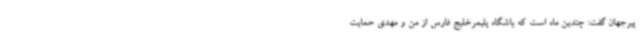
پیرجهان گفت: چندین ماه است که باشگاه پلیمرخلیج فارس از من و مهدی حمایت